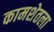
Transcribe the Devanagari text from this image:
कामशेतला